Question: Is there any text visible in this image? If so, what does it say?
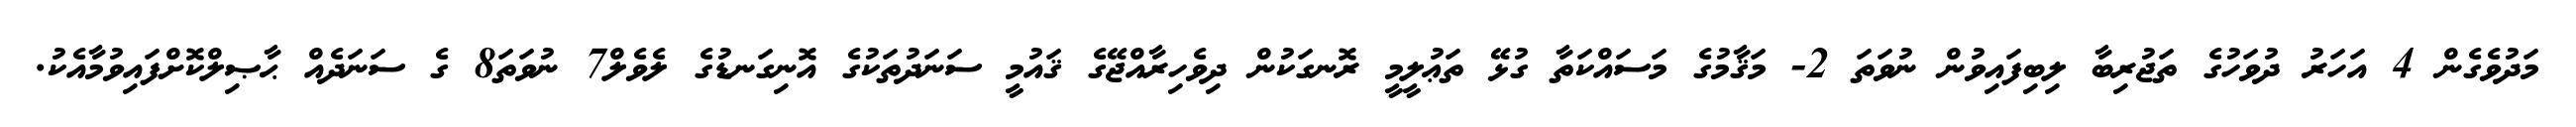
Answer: މަދުވެގެން 4 އަހަރު ދުވަހުގެ ތަޖުރިބާ ލިބިފައިވުން ނުވަތަ 2- މަޤާމުގެ މަސައްކަތާ ގުޅޭ ތަޢުލީމީ ރޮނގަކުން ދިވެހިރާއްޖޭގެ ޤައުމީ ސަނަދުތަކުގެ އޮނިގަނޑުގެ ލެވެލް7 ނުވަތަ8 ގެ ސަނަދެއް ޙާޞިލްކޮށްފައިވުމާއެކު.